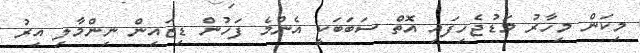
މިކަން މިހާރު މަޑުޖެހިފައި އޮތް ސަބަބަކީ އެންމެ ފަހުން ޑިޒައިން ނިންމާލި އިރު